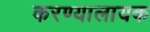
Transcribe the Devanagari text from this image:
करण्यालायक